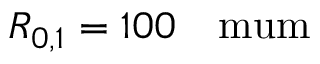
R _ { 0 , 1 } = 1 0 0 ~ \mathrm { ~ \ m u m }